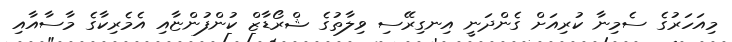
މިއަހަރުގެ ސެމިނާ ކުރިއަށް ގެންދަނީ އިނގިރޭސި ވިލާތުގެ ޝްރޯޑާޒް ކުންފުންޏާއި އެމެރިކާގެ މާސާއާއި